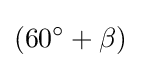
(60^{\circ }+\beta )